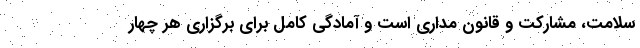
سلامت، مشارکت و قانون مداری است و آمادگی کامل برای برگزاری هر چهار